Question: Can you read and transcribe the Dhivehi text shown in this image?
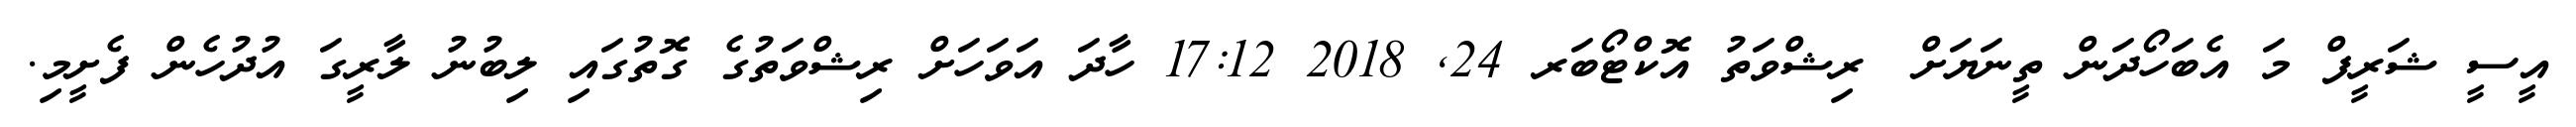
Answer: އީސީ ޝަރީފް މަ އެބަހޯދަން ތީނަޔަށް? ރިޝްވަތު އޮކްޓޯބަރ 24, 2018 17:12 ހާދަ އަވަހަށް ރިޝްވަތުގެ ގޮތުގައި ލިބުނު ލާރީގަ އުދުހެން ފެށީމި.